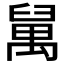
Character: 𥝇